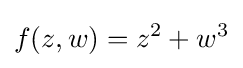
f(z,w)=z^{2}+w^{3}